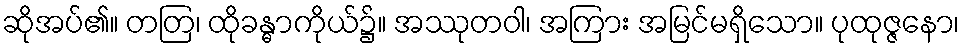
ဆိုအပ်၏။ တတြ၊ ထိုခန္ဓာကိုယ်၌။ အဿုတဝါ၊ အကြား အမြင်မရှိသော။ ပုထုဇ္ဇနော၊